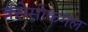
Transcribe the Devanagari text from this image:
त्रंसेसोफगल